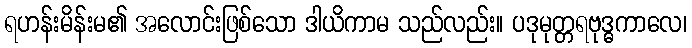
ရဟန်းမိန်းမ၏ အလောင်းဖြစ်သော ဒါယိကာမ သည်လည်း။ ပဒုမုတ္တရဗုဒ္ဓကာလေ၊